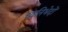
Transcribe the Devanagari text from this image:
ध्वनिभेदों